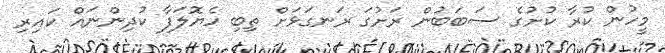
މީހުން ކުރާ ކުށުގެެ ސަބަބުން ރަށުގަ ރަނގަޅަށް ތިބި ހެޔޮލަފާ ކުދިންނައް ކައިރި